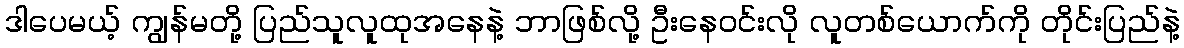
ဒါပေမယ့် ကျွန်မတို့ ပြည်သူလူထုအနေနဲ့ ဘာဖြစ်လို့ ဦးနေဝင်းလို လူတစ်ယောက်ကို တိုင်းပြည်နဲ့